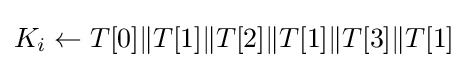
K_{i}\leftarrow T[0]\|T[1]\|T[2]\|T[1]\|T[3]\|T[1]